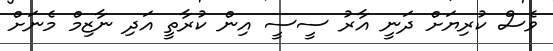
ވެސް ކުރިޔަށް ދަނީ އާރު ސީސީ އިން ކުރާތީ އަދި ނާޒިމް މެނަށް